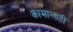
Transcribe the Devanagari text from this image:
कामालाही